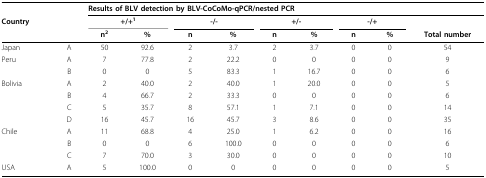
<table><thead><tr><td></td><td></td><td colspan="9"><b>Results of BLV detection by BLV-CoCoMo-qPCR/nested PCR</b></td></tr><tr><td><b>Country</b></td><td></td><td colspan="2"><b>+/+<sup>1</sup></b></td><td colspan="2"><b>-/-</b></td><td colspan="2"><b>+/-</b></td><td colspan="2"><b>-/+</b></td><td></td></tr><tr><td></td><td></td><td><b>n<sup>2</sup></b></td><td><b>%</b></td><td><b>n</b></td><td><b>%</b></td><td><b>n</b></td><td><b>%</b></td><td><b>n</b></td><td><b>%</b></td><td><b>Total number</b></td></tr></thead><tbody><tr><td>Japan</td><td>A</td><td>50</td><td>92.6</td><td>2</td><td>3.7</td><td>2</td><td>3.7</td><td>0</td><td>0</td><td>54</td></tr><tr><td>Peru</td><td>A</td><td>7</td><td>77.8</td><td>2</td><td>22.2</td><td>0</td><td>0</td><td>0</td><td>0</td><td>9</td></tr><tr><td></td><td>B</td><td>0</td><td>0</td><td>5</td><td>83.3</td><td>1</td><td>16.7</td><td>0</td><td>0</td><td>6</td></tr><tr><td>Bolivia</td><td>A</td><td>2</td><td>40.0</td><td>2</td><td>40.0</td><td>1</td><td>20.0</td><td>0</td><td>0</td><td>5</td></tr><tr><td></td><td>B</td><td>4</td><td>66.7</td><td>2</td><td>33.3</td><td>0</td><td>0</td><td>0</td><td>0</td><td>6</td></tr><tr><td></td><td>C</td><td>5</td><td>35.7</td><td>8</td><td>57.1</td><td>1</td><td>7.1</td><td>0</td><td>0</td><td>14</td></tr><tr><td></td><td>D</td><td>16</td><td>45.7</td><td>16</td><td>45.7</td><td>3</td><td>8.6</td><td>0</td><td>0</td><td>35</td></tr><tr><td>Chile</td><td>A</td><td>11</td><td>68.8</td><td>4</td><td>25.0</td><td>1</td><td>6.2</td><td>0</td><td>0</td><td>16</td></tr><tr><td></td><td>B</td><td>0</td><td>0</td><td>6</td><td>100.0</td><td>0</td><td>0</td><td>0</td><td>0</td><td>6</td></tr><tr><td></td><td>C</td><td>7</td><td>70.0</td><td>3</td><td>30.0</td><td>0</td><td>0</td><td>0</td><td>0</td><td>10</td></tr><tr><td>USA</td><td>A</td><td>5</td><td>100.0</td><td>0</td><td>0</td><td>0</td><td>0</td><td>0</td><td>0</td><td>5</td></tr></tbody></table>